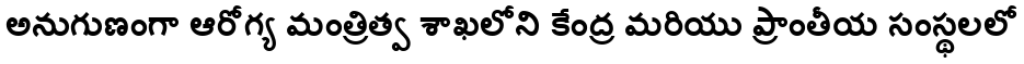
అనుగుణంగా ఆరోగ్య మంత్రిత్వ శాఖలోని కేంద్ర మరియు ప్రాంతీయ సంస్థలలో